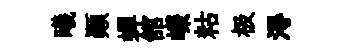
曦顛蟬舘嶸䊀极淂